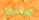
الانجليزي